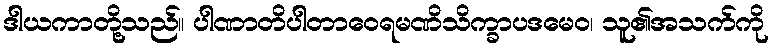
ဒါယကာတို့သည်။ ပါဏာတိပါတာဝေရမဏိသိက္ခာပဒမေဝ၊ သူ၏အသက်ကို